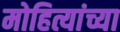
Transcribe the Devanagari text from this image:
मोहित्यांच्या